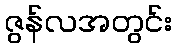
ဇွန်လအတွင်း